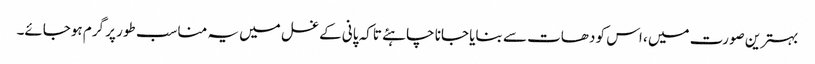
بہترین صورت میں ، اس کو دھات سے بنایا جانا چاہئے تاکہ پانی کے غسل میں یہ مناسب طور پر گرم ہوجائے۔